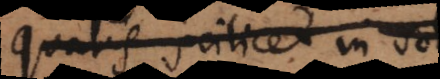
qualis scilicet in sole